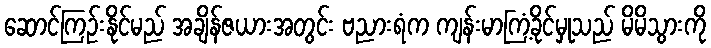
ဆောင်ကြဉ်းနိုင်မည် အချိန်ဇယားအတွင်း ဗညားရံက ကျန်းမာကြံ့ခိုင်မှုသည် မိမိသွားကို